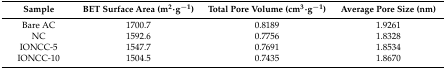
| Sample | BET Surface Area (m2·g−1) | Total Pore Volume (cm3·g−1) | Average Pore Size (nm) |
 | --- | --- | --- | --- |
 | Bare AC | 1700.7 | 0.8189 | 1.9261 |
 | NC | 1592.6 | 0.7756 | 1.8328 |
 | IONCC-5 | 1547.7 | 0.7691 | 1.8534 |
 | IONCC-10 | 1504.5 | 0.7435 | 1.8670 |